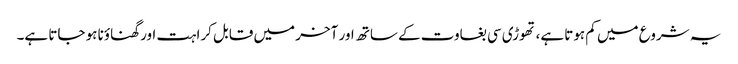
یہ شروع میں کم ہوتا ہے، تھوڑی سی بغاوت کے ساتھ اور آخر میں قابل کراہت اور گھناؤنا ہو جاتا ہے۔